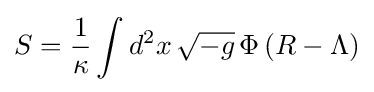
S={\frac {1}{\kappa }}\int d^{2}x\,{\sqrt {-g}}\,\Phi \left(R-\Lambda \right)